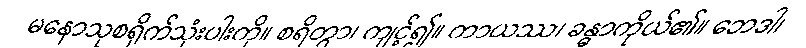
မနောသုစရိုက်သုံးပါးကို။ စရိတွာ၊ ကျင့်၍။ ကာယဿ၊ ခန္ဓာကိုယ်၏။ ဘေဒါ၊